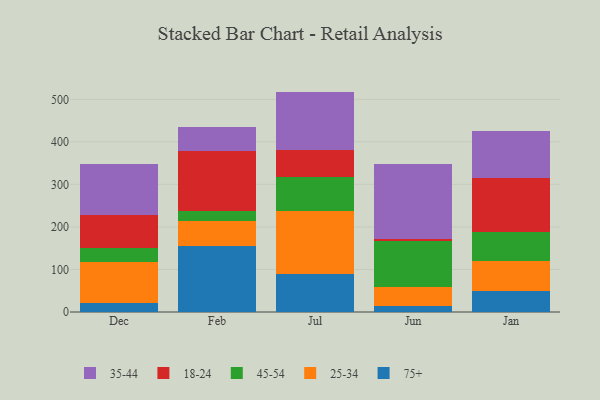
{"axis": {"x": "Month", "y": "Net Income (USD K)"}, "legend": ["18-24", "25-34", "35-44", "45-54", "75+"], "data": [{"x": "Dec", "y": 20.3, "type": "75+"}, {"x": "Dec", "y": 97.6, "type": "25-34"}, {"x": "Dec", "y": 31.9, "type": "45-54"}, {"x": "Dec", "y": 79.0, "type": "18-24"}, {"x": "Dec", "y": 119.2, "type": "35-44"}, {"x": "Feb", "y": 154.7, "type": "75+"}, {"x": "Feb", "y": 58.1, "type": "25-34"}, {"x": "Feb", "y": 25.3, "type": "45-54"}, {"x": "Feb", "y": 140.3, "type": "18-24"}, {"x": "Feb", "y": 57.2, "type": "35-44"}, {"x": "Jul", "y": 88.3, "type": "75+"}, {"x": "Jul", "y": 148.2, "type": "25-34"}, {"x": "Jul", "y": 79.8, "type": "45-54"}, {"x": "Jul", "y": 65.5, "type": "18-24"}, {"x": "Jul", "y": 136.3, "type": "35-44"}, {"x": "Jun", "y": 15.2, "type": "75+"}, {"x": "Jun", "y": 43.6, "type": "25-34"}, {"x": "Jun", "y": 107.6, "type": "45-54"}, {"x": "Jun", "y": 5.0, "type": "18-24"}, {"x": "Jun", "y": 177.6, "type": "35-44"}, {"x": "Jan", "y": 48.5, "type": "75+"}, {"x": "Jan", "y": 70.3, "type": "25-34"}, {"x": "Jan", "y": 68.5, "type": "45-54"}, {"x": "Jan", "y": 128.1, "type": "18-24"}, {"x": "Jan", "y": 109.5, "type": "35-44"}]}